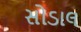
સોડાલ